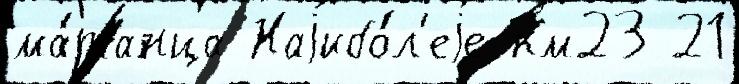
ма́рганца Наjибо́л'еjе км23 21